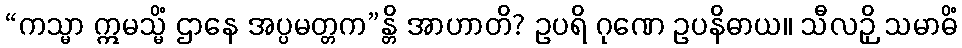
“ကသ္မာ ဣမသ္မိံ ဌာနေ အပ္ပမတ္တက”န္တိ အာဟာတိ? ဥပရိ ဂုဏေ ဥပနိဓာယ။ သီလဉှိ သမာဓိံ